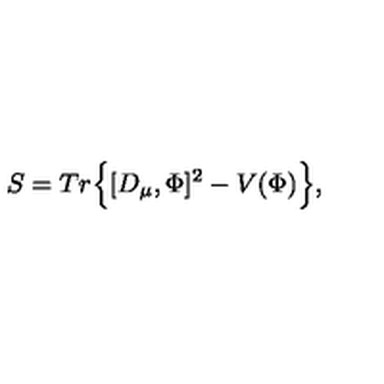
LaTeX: S = T r \Big \{ [ D _ { \mu } , \Phi ] ^ { 2 } - V ( \Phi ) \Big \} ,